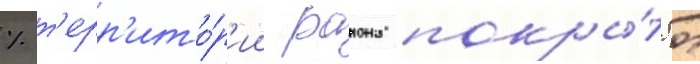
% т'ерр'ито́р'ии раиона покры́то